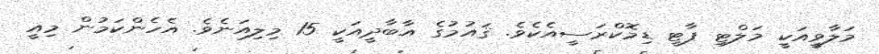
މަލާވީއަކީ މަލްޓި ޕާޓީ ޑިމޮކްރަސީއެކެވެ. ޤައުމުގެ އާބާދީއަކީ 15 މިލިއަނެވެ. އެހެންކަމުން މިއީ